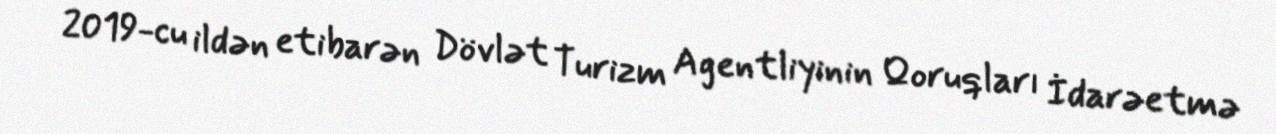
2019-cu ildən etibarən Dövlət Turizm Agentliyinin Qoruqları İdarəetmə